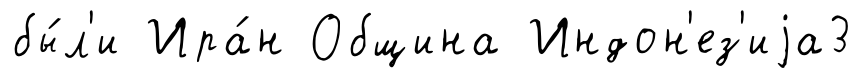
бы́л'и Ира́н Община Индон'ез'иjа3